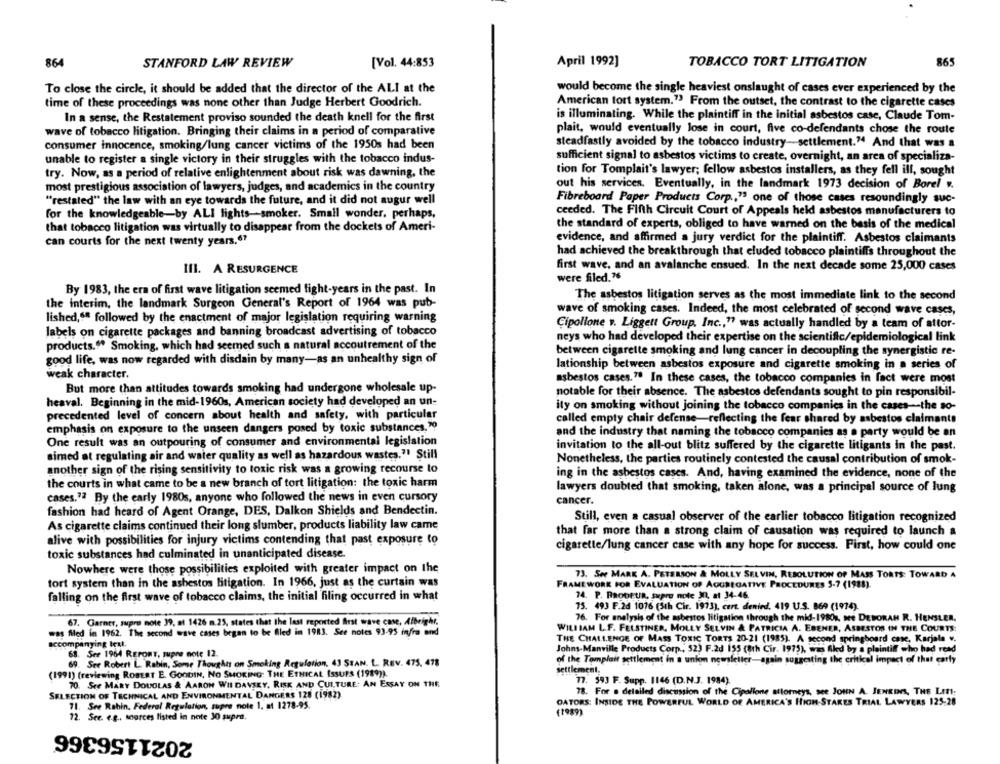
April 1992]
864
STANFORD LAW REVIEW
[Vol. 44:853
TOBACCO TORT LITIGATION
865
To close the circle, it should be added that the director of the ALI at the
would become the single heaviest onslaught of cases ever experienced by the
time of these proceedings was none other than Judge Herbert Goodrich.
American tort system."3 From the outset, the contrast to the cigarette cases
In a sense, the Restatement proviso sounded the death knell for the first
is illuminating. While the plaintiff in the initial asbestos case, Claude Tom-
wave of tobacco litigation. Bringing their claims in a period of comparative
plait, would eventually lose in court, five co-defendants chose the route
consumer innocence, smoking/lung cancer victims of the 1950s had been
steadfastly avoided by the tobacco industry-settlement." And that was a
unable to register a single victory in their struggles with the tobacco indus-
sufficient signal to asbestos victims to create, overnight, an area of specializa-
try. Now, as a period of relative enlightenment about risk was dawning, the
tion for Tomplait's lawyer; fellow asbestos installers, as they fell ill, sought
most prestigious association of lawyers, judges, and academics in the country
out his services. Eventually, in the landmark 1973 decision of Borel ..
"restated" the law with an eye towards the future, and it did not augur well
Fibreboard Paper Products Corp ., " one of those cases resoundingly suc-
for the knowledgeable-by ALI lights-smoker. Small wonder, perhaps,
ceeded. The Fifth Circuit Court of Appeals held asbestos manufacturers to
that tobacco litigation was virtually to disappear from the dockets of Ameri-
the standard of experts, obliged to have warned on the basis of the medical
evidence, and affirmed a jury verdict for the plaintiff. Asbestos claimants
can courts for the next twenty years.67
had achieved the breakthrough that cluded tobacco plaintiffs throughout the
first wave, and an avalanche ensued. In the next decade some 25,000 cases
III. A RESURGENCE
were filed."
By 1983, the era of first wave litigation seemed fight-years in the past. In
The asbestos litigation serves as the most immediate link to the second
the interim, the landmark Surgeon General's Report of 1964 was pub-
wave of smoking cases. Indeed, the most celebrated of second wave cases,
lished ,** followed by the enactment of major legislation requiring warning
Cipollone v. Liggett Group, Inc ., "? was actually handled by a team of attor-
labels on cigarette packages and banning broadcast advertising of tobacco
products."" Smoking, which had seemed such a natural accoutrement of the
neys who had developed their expertise on the scientific/epidemiological link
between cigarette smoking and lung cancer in decoupling the synergistic re-
good life, was now regarded with disdain by many-as an unhealthy sign of
lationship between asbestos exposure and cigarette smoking in a series of
weak character.
asbestos cases.7ª In these cases, the tobacco companies in fact were most
But more than attitudes towards smoking had undergone wholesale up-
notable for their absence. The asbestos defendants sought to pin responsibil-
heaval. Beginning in the mid-1960s, American society had developed an un-
ily on smoking without joining the tobacco companies in the cases -- the so-
precedented level of concern about health and safety, with particular
called empty chair defense-reflecting the fear shared by asbestos claimants
emphasis on exposure to the unseen dangers posed by toxic substances."
and the industry that naming the tobacco companies as a party would be an
One result was an outpouring of consumer and environmental legislation
invitation to the all-out blitz suffered by the cigarette litigants in the past.
aimed at regulating air and water quality as well as hazardous wastes." Still
Nonetheless, the parties routinely contested the causal contribution of smok-
another sign of the rising sensitivity to toxic risk was a growing recourse to
ing in the asbestos cases. And, having examined the evidence, none of the
the courts in what came to be a new branch of tort litigation: the toxic harm
lawyers doubted that smoking, taken alone, was a principal source of lung
cases.72 By the early 1980s, anyone who followed the news in even cursory
cancer.
fashion had heard of Agent Orange, DES, Dalkon Shields and Bendectin.
Still, even a casual observer of the earlier tobacco litigation recognized
As cigarette claims continued their long slumber, products liability law came
that far more than a strong claim of causation was required to launch a
alive with possibilities for injury victims contending that past exposure to
cigarette/lung cancer case with any hope for success. First, how could one
toxic substances had culminated in unanticipated disease.
Nowhere were those possibilities exploited with greater impact on the
73. Ser MARK A. PETERSON & MOLLY SELVIN, RESOLUTION OF MASS TORTS: TOWARD A
tort system than in the ashestos litigation. In 1966, just as the curtain was
FRAMEWORK FOR EVALUATION OF AGGREGATIVE PROCEDURES 5-7 (1988)
falling on the first wave of tobacco claims, the initial filing occurred in what
74. P. BRODEUR, supro note In, at 34-46
75. 493 F.2d 1076 (5th Cir. 1973), cert. denied, 419 U.S. 869 (1974).
76. For analysis of the asbestos litigation through the mid-1980%, se DEBORAH R. HENSLER.
67. Garner, supro note 39, at 1426 m.25, states that the last reported Arst wave case, Albrighr.
was filed in 1962. The second wave cases began to be Aled in 1983. See notes 93-95 infra and
WILLIAM L.F. FELSTINER. MOLLY SELVIN & PATRICIA A. EBENER, ASBESTOS IN THE COURTS:
accompanying Iest.
THE CHALLENGE OF MASS TOXIC TORTS 20-21 (1985). A second springboard case, Karjala v.
Johns-Manville Products Corp ., 523 F.2d 155 (8th Cir. 1975), was filed by a plaintiff who had read
68. See 1964 REPORT, supre note 12.
69. Ser Robert L. Rabin, Some Thoughts on Smoking Regulation, 43 STAN. L. REV. 475, 478
of the Tomplait settlement in a union newsletter-again suggesting the critical impact of that carly
(1991) (reviewing ROBERT E. GOODIN, NO SMOKING: THE ETHICAL ISSUES (1989)).
settlement.
77. 593 F. Supp. 1146 (D.N.J. 1984).
70. See MARY DOUGLAS & AARON WHI DAVERY, RISK AND CULTURE: AN ESSAY ON THE
SELECTION OF TECHNICAL AND ENVIRONMENTAL DANGERS 128 (1982)
78. For a detailed discussion of the Cipallone attorneys, see JOHN A. JENKINS, THE LIT !;
OATORS: INSIDE THE POWERFUL WORLD OF AMERICA'S HIGH-STAKES TRIAL LAWYERS 125-28
71. See Rahin, Federal Regulation, supre note 1, at 1278-95.
12. See. e.g ., marces listed in note 30 supra.
(1989)
2021156366